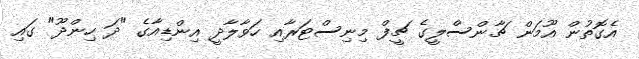
އެގޮތުން އޫމަން ޗާންސްލީގެ ޗީފް މިނިސްޓަރާއި ހަވާލާދީ އިންޑިއާގެ "ދަ ހިންދޫ" ގައި